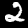
Digit: 2